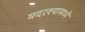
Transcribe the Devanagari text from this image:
मदरश्यामध्ये